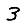
Digit: 3